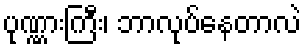
ပုဏ္ဏားကြီး၊ ဘာလုပ်နေတာလဲ